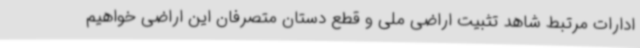
ادارات مرتبط شاهد تثبیت اراضی ملی و قطع دستان متصرفان این اراضی خواهیم